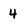
Character: 4